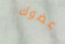
عضوك